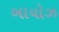
બાયોઝ